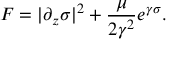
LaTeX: F = | \partial _ { z } \sigma | ^ { 2 } + { \frac { \mu } { 2 \gamma ^ { 2 } } } e ^ { \gamma \sigma } .